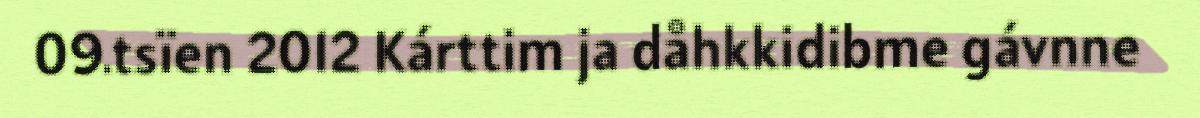
09.tsïen 2012 Kárttim ja dåhkkidibme gávnne